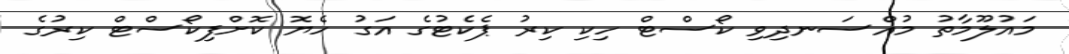
މައުލޫމާތު މުއްސަނދިވި ކޯސްޓް ހިކި ކިރު ޕެކެޓުގެ އަގު ހެޔޮ ކޮށްފިކޯސްޓް ކިރުގެ